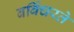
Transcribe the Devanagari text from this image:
बर्बिचरते